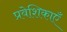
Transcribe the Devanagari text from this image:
प्रवेशिकाएँ